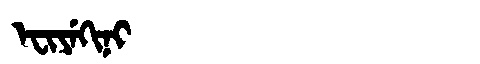
Manchu: ᡝᠸᡳᠶᡝᡴᡳᠨᡳ
Romanization: EFIYEKINI